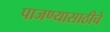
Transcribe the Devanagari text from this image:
पाजण्यासाठीचे